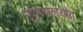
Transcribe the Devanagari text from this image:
रूग्णालयांत